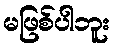
မဖြစ်ပါဘူး